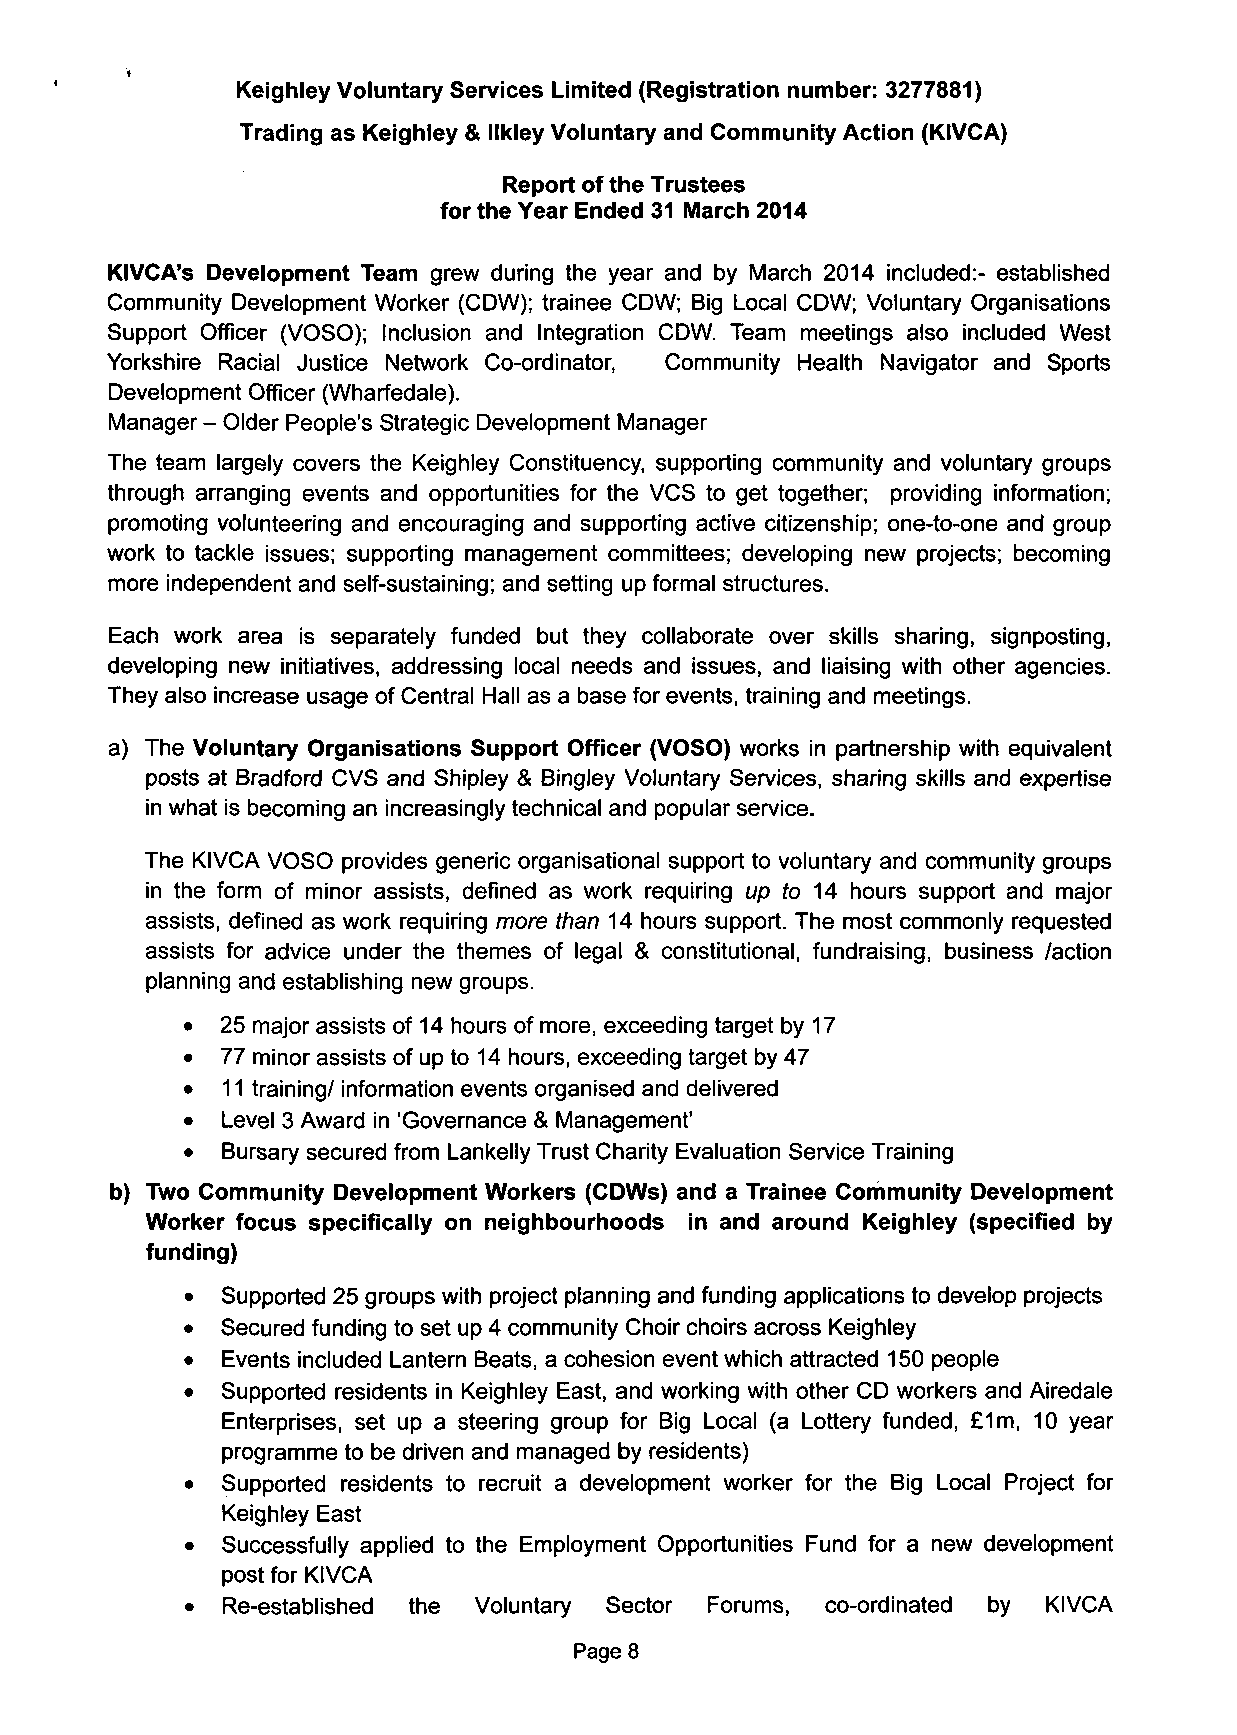
Keighley Voluntary Services Limited (Registration number: 3277881)
 Trading as Keighley & llkley Voluntary and Community Action (KIVCA)
 Report of the Trustees
 for the Year Ended 31 March 2014
 KIVCA's Development Team grew during the year and by March 2014 included:- established
 Community Development Worker (CDW); trainee CDW; Big Local CDW; Voluntary Organisations
 Support Officer (VOSO); Inclusion and Integration CDW. Team meetings also included West
 Yorkshire Racial Justice Network Co-ordinator, Community Health Navigator and Sports
 Development Officer (Wharfedale).
 Manager - Older People's Strategic Development Manager
 The team largely covers the Keighley Constituency, supporting community and voluntary groups
 through arranging events and opportunities for the VCS to get together; providing information;
 promoting volunteering and encouraging and supporting active citizenship; one-to-one and group
 work to tackle issues; supporting management committees; developing new projects; becoming
 more independent and self-sustaining; and setting up formal structures.
 Each work area is separately funded but they collaborate over skills sharing, signposting,
 developing new initiatives, addressing local needs and issues, and liaising with other agencies.
 They also increase usage of Central Hall as a base for events, training and meetings.
 a) The Voluntary Organisations Support Officer (VOSO) works in partnership with equivalent
 posts at Bradford CVS and Shipley & Bingley Voluntary Services, sharing skills and expertise
 in what is becoming an increasingly technical and popular service.
 The KIVCA VOSO provides generic organisational support to voluntary and community groups
 in the form of minor assists, defined as work requiring up to 14 hours support and major
 assists, defined as work requiring more than 14 hours support. The most commonly requested
 assists for advice under the themes of legal & constitutional, fundraising, business /action
 planning and establishing new groups.
 •  25 major assists of 14 hours of more, exceeding target by 17
 •  77 minor assists of up to 14 hours, exceeding target by 47
 •  11 training/ information events organised and delivered
 •  Level 3 Award in 'Governance & Management'
 •  Bursary secured from Lankelly Trust Charity Evaluation Service Training
 b) Two Community Development Workers (CDWs) and a Trainee Community Development
 Worker focus specifically on neighbourhoods in and around Keighley (specified by
 funding)
 •  Supported 25 groups with project planning and funding applications to develop projects
 •  Secured funding to set up 4 community Choir choirs across Keighley
 •  Events included Lantern Beats, a cohesion event which attracted 150 people
 •  Supported residents in Keighley East, and working with other CD workers and Airedale
 Enterprises, set up a steering group for Big Local (a Lottery funded, £1m, 10 year
 programme to be driven and managed by residents)
 •  Supported residents to recruit a development worker for the Big Local Project for
 Keighley East
 •  Successfully applied to the Employment Opportunities Fund for a new development
 post for KIVCA
 •  Re-established the Voluntary Sector Forums, co-ordinated by KIVCA
 Page 8